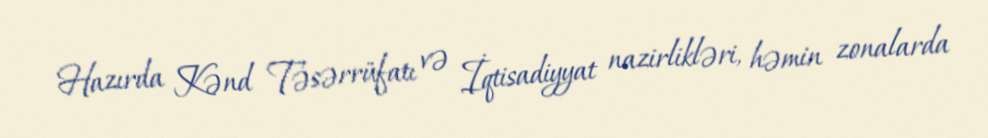
Hazırda Kənd Təsərrüfatı və İqtisadiyyat nazirlikləri, həmin zonalarda